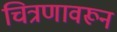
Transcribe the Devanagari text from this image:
चित्रणावरून